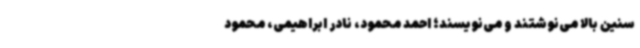
سنین بالا می‌نوشتند و می‌نویسند؛ احمد محمود، نادر ابراهیمی، محمود